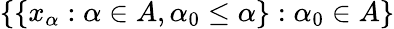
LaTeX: \{ \{ x_{\alpha}:\alpha\in A,\alpha_{0}\leq\alpha\} :\alpha_{0}\in A\}